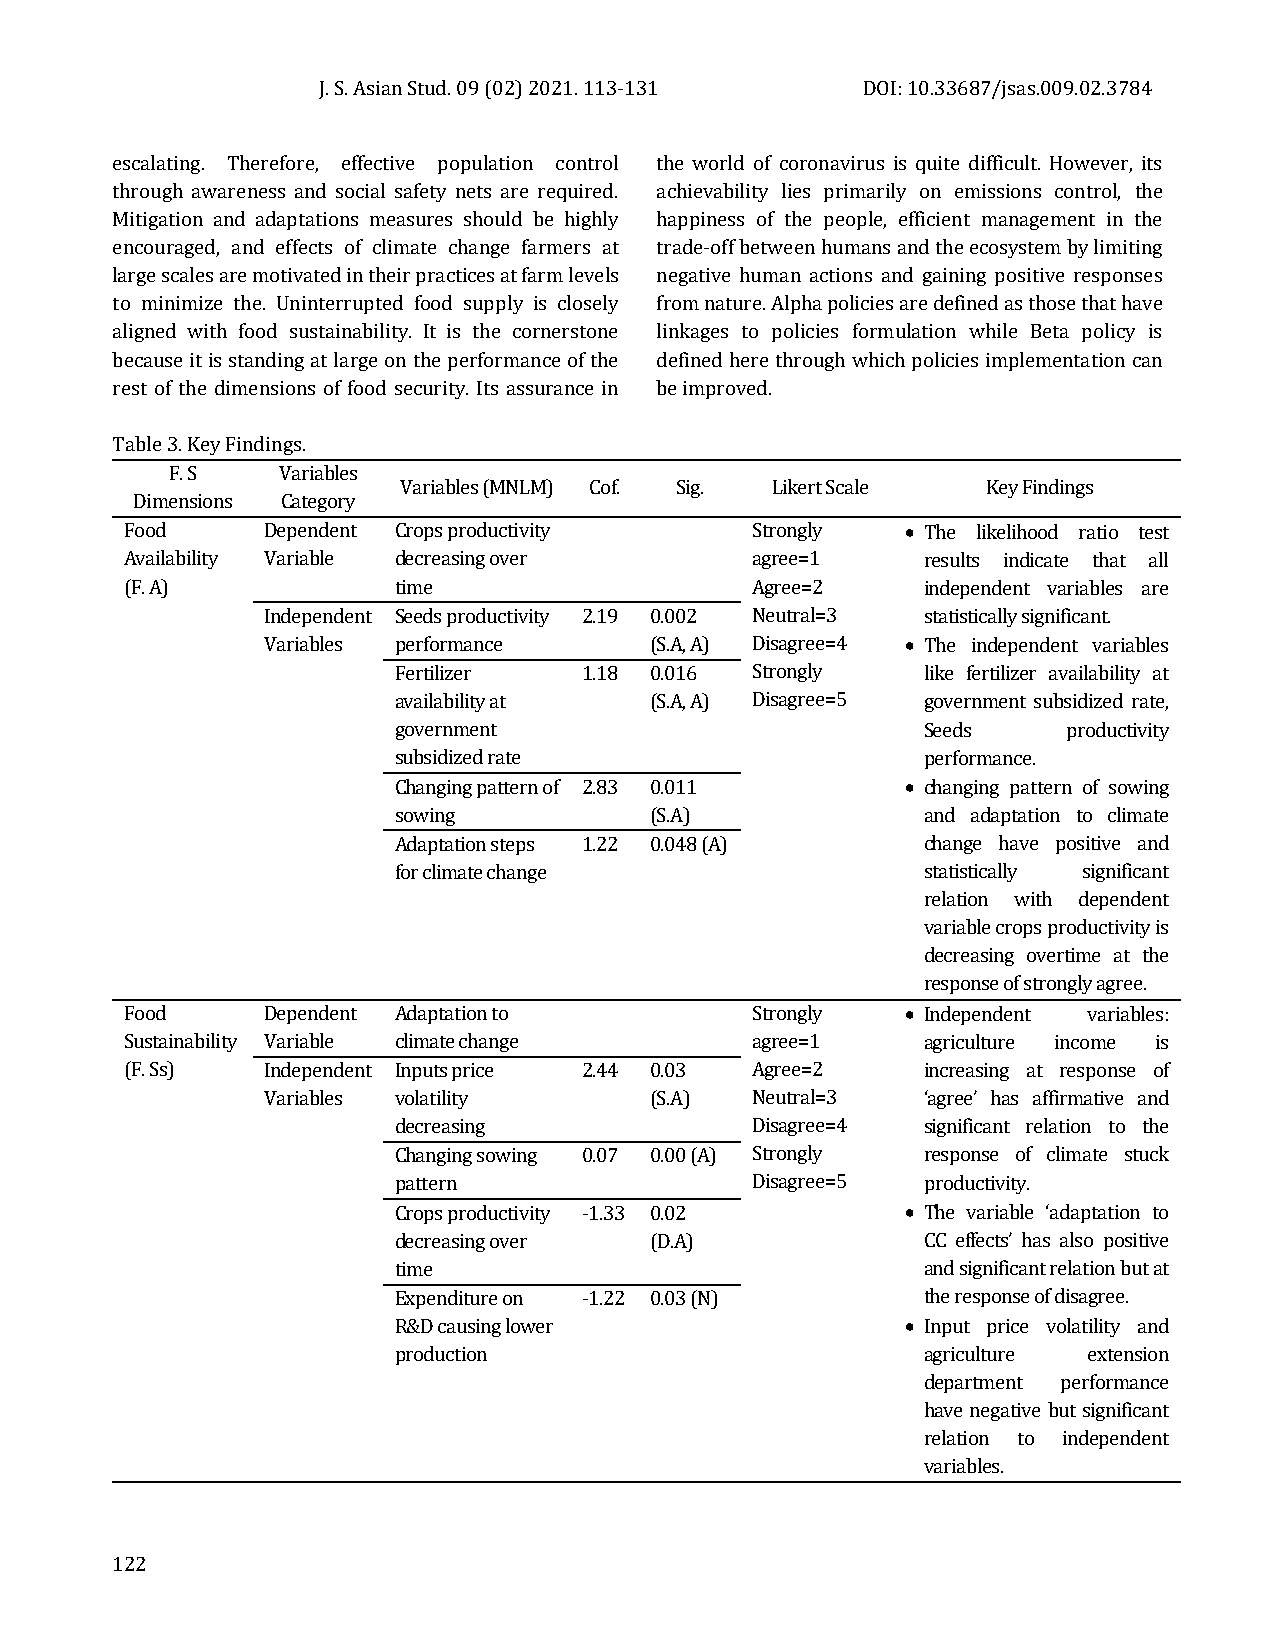
J. S. Asian Stud. 09 (02) 2021. 113-131 DOI: 10.33687/jsas.009.02.3784
 escalating. Therefore, effective population control the world of coronavirus is quite difficult. However, its
 through awareness and social safety nets are required. achievability lies primarily on emissions control, the
 Mitigation and adaptations measures should be highly happiness of the people, efficient management in the
 encouraged, and effects of climate change farmers at trade-off between humans and the ecosystem by limiting
 large scales are motivated in their practices at farm levels negative human actions and gaining positive responses
 to minimize the. Uninterrupted food supply is closely from nature. Alpha policies are defined as those that have
 aligned with food sustainability. It is the cornerstone linkages to policies formulation while Beta policy is
 because it is standing at large on the performance of the defined here through which policies implementation can
 rest of the dimensions of food security. Its assurance in be improved.
 Table 3. Key Findings.
 F. S   Variables
 Variables (MNLM) Cof. Sig. Likert Scale Key Findings
 Dimensions Category
 Food     Dependent Crops productivity     Strongly  • The likelihood ratio test
 Availability Variable decreasing over     agree=1    results indicate that all
 (F. A)            time                    Agree=2    independent variables are
 Independent Seeds productivity 2.19 0.002 Neutral=3 statistically significant.
 Variables performance     (S.A, A) Disagree=4 • The independent variables
 Fertilizer   1.18 0.016 Strongly   like fertilizer availability at
 availability at  (S.A, A) Disagree=5 government subsidized rate,
 government                         Seeds     productivity
 subsidized rate                    performance.
 Changing pattern of 2.83 0.011    • changing pattern of sowing
 sowing           (S.A)             and adaptation to climate
 Adaptation steps 1.22 0.048 (A)    change have positive and
 for climate change                 statistically significant
 relation with dependent
 variable crops productivity is
 decreasing overtime at the
 response of strongly agree.
 Food     Dependent Adaptation to          Strongly  • Independent variables:
 Sustainability Variable climate change    agree=1    agriculture income is
 (F. Ss)  Independent Inputs price 2.44 0.03 Agree=2  increasing at response of
 Variables volatility      (S.A)  Neutral=3  ‘agree’ has affirmative and
 decreasing              Disagree=4 significant relation to the
 Changing sowing 0.07 0.00 (A) Strongly response of climate stuck
 pattern                 Disagree=5 productivity.
 Crops productivity -1.33 0.02     • The variable ‘adaptation to
 decreasing over  (D.A)             CC effects’ has also positive
 time                               and significant relation but at
 Expenditure on -1.22 0.03 (N)      the response of disagree.
 R&D causing lower                 • Input price volatility and
 production                         agriculture extension
 department performance
 have negative but significant
 relation to independent
 variables.
 122